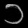
Digit: ၁